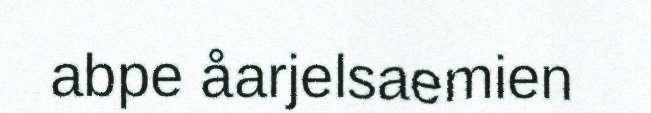
abpe åarjelsaemien